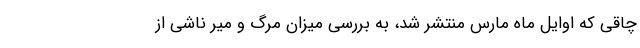
چاقی که اوایل ماه مارس منتشر شد، به بررسی میزان مرگ و میر ناشی از